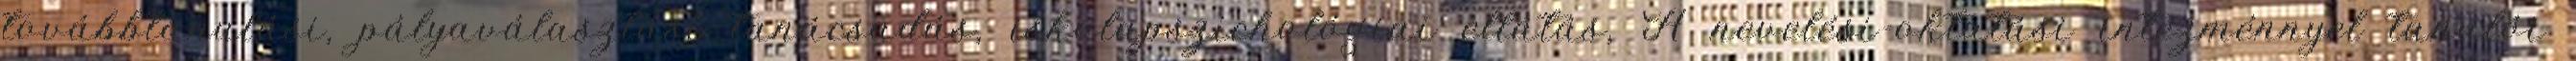
továbbtanulási, pályaválasztási tanácsadás, iskolapszichológiai ellátás, A nevelési-oktatási intézménnyel tanulói